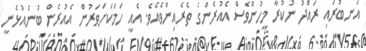
އަނބުރައި ރައްދު ނުކުރާ މީހުންވެސް އެއުރެންގެ ތެރެއިންވެއެވެ. އެއީ ހަމަކަށަވަރުން އެއުރެން ބުނެއުޅެނީ